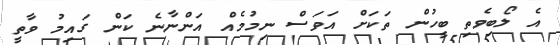
އެ ލޯބިވެތި ބީހުން ތަކަށް އަވަސް ނިމުމެއް އަންނާނެ ކަން ގައިމު ވާތީ